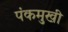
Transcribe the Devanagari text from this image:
पंकमुखी